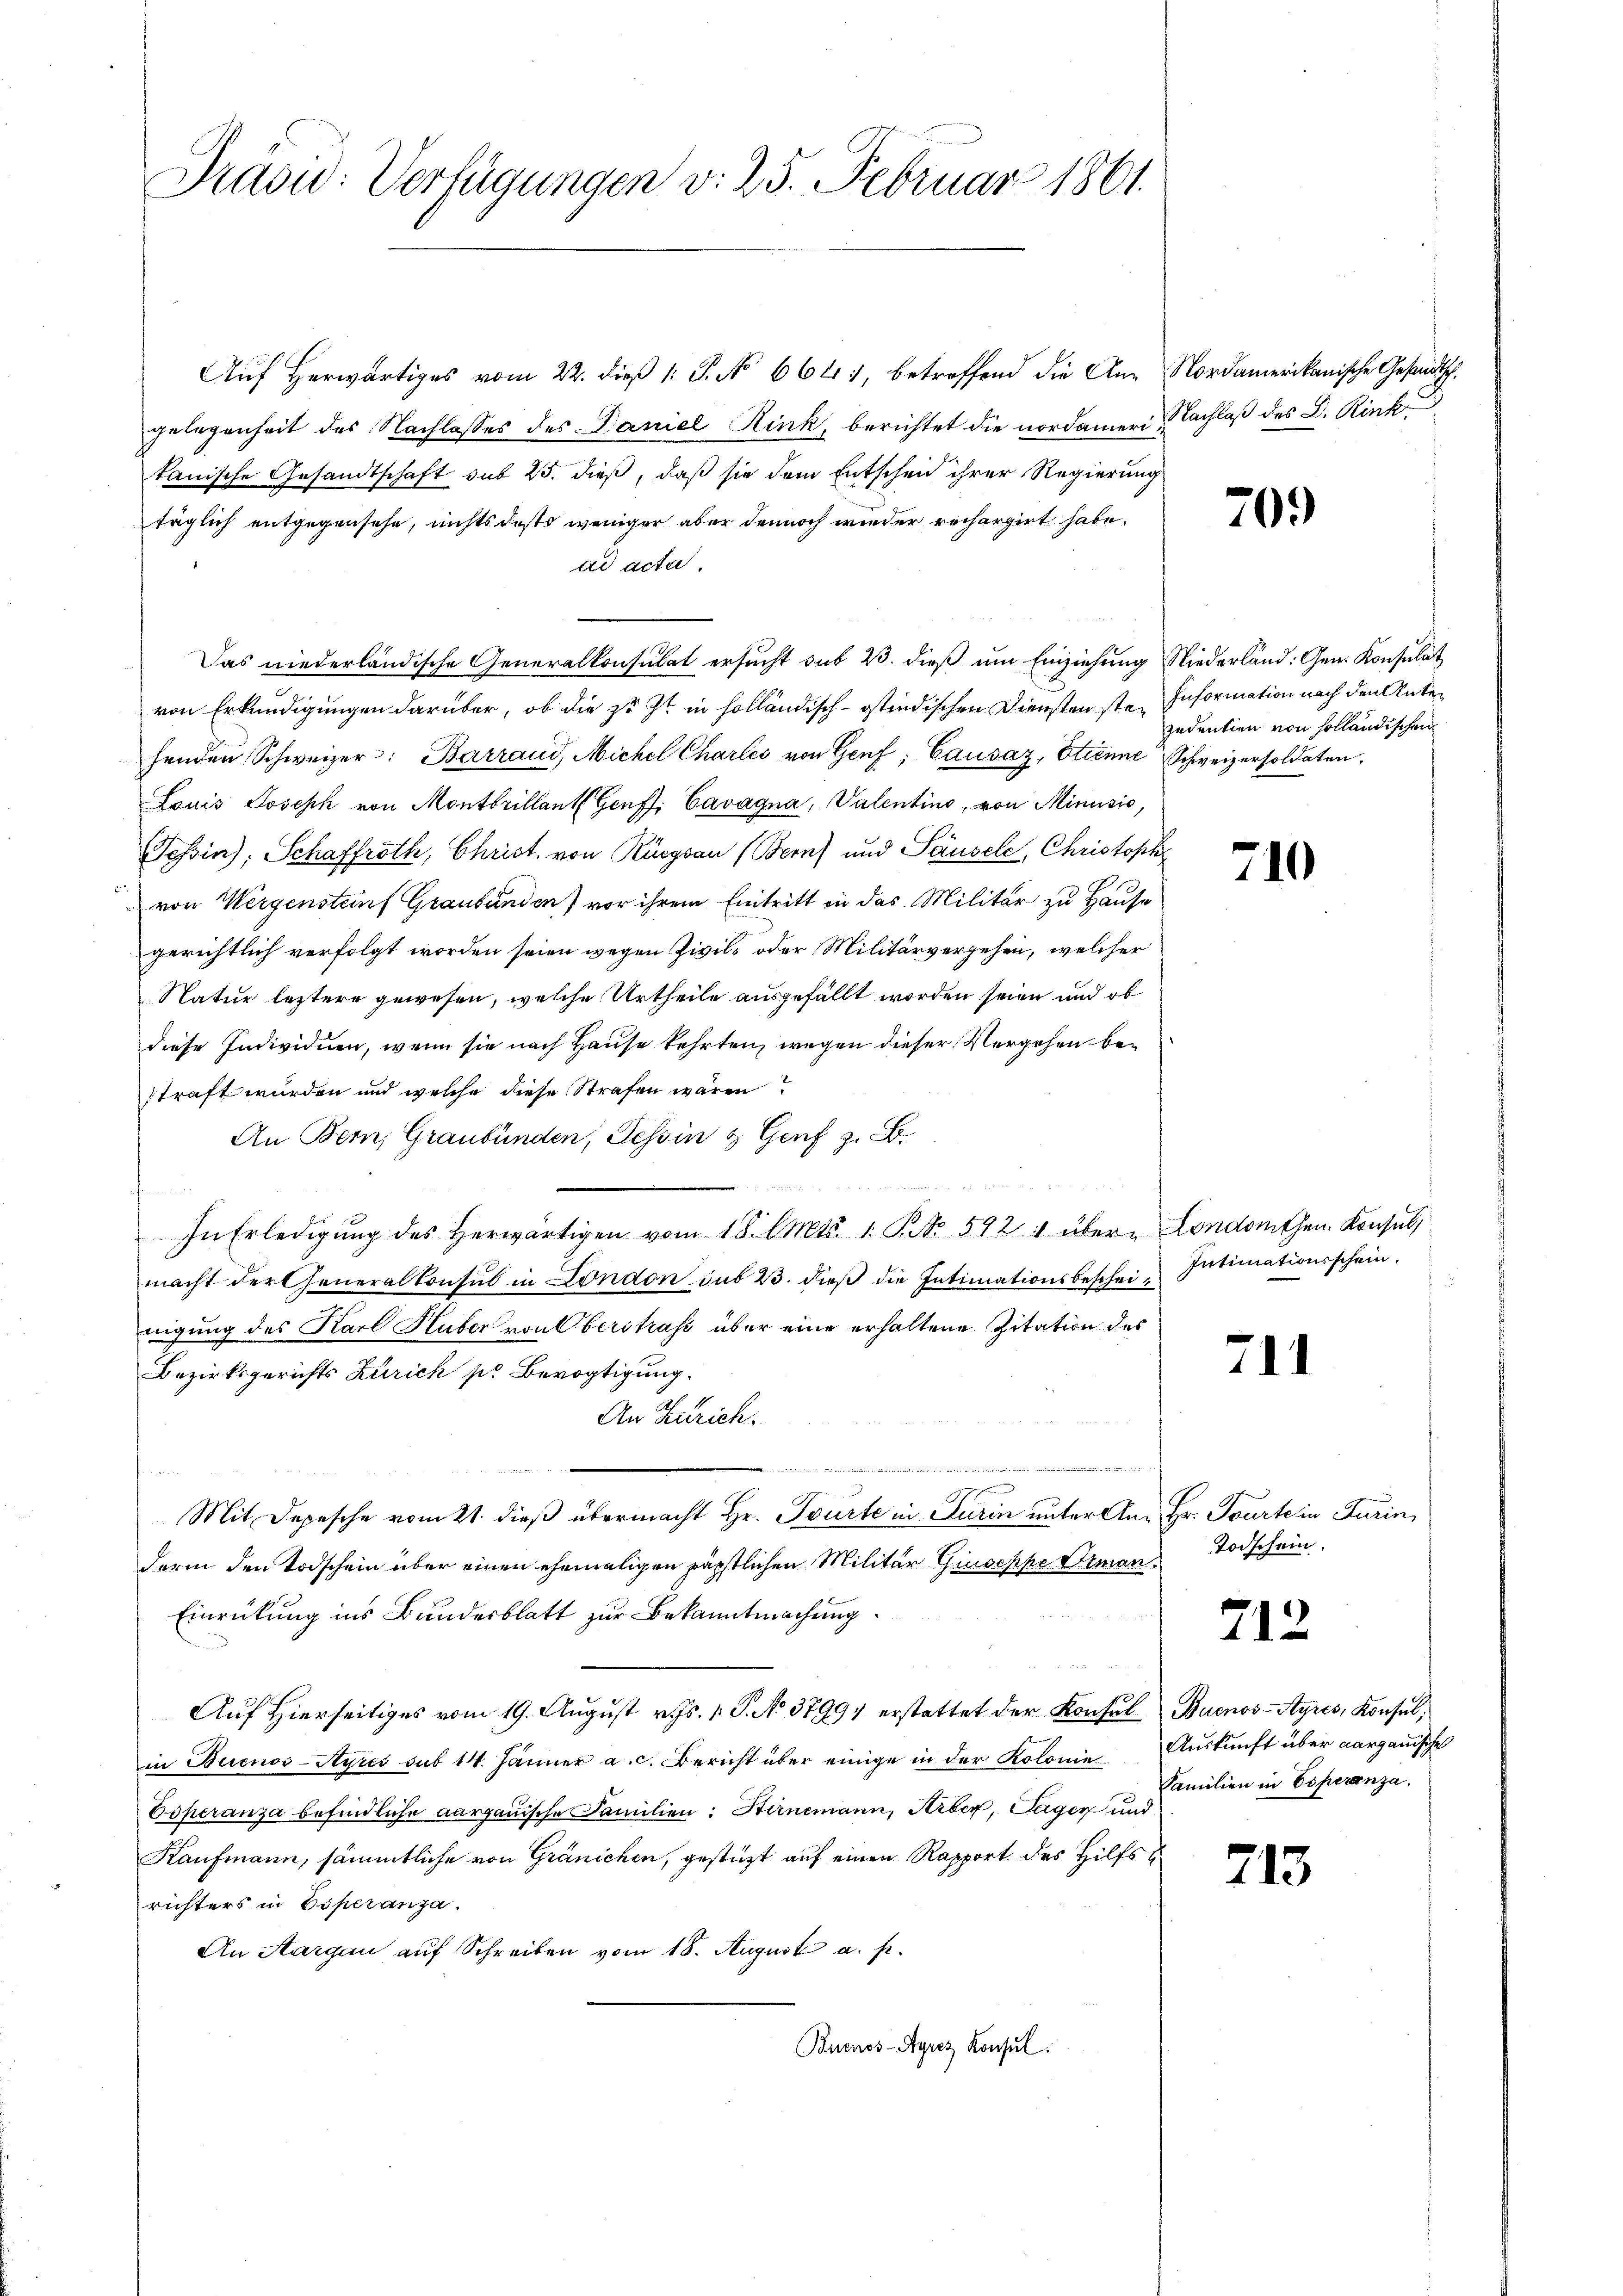
Präsu: Verfügungen v. 25. Februar 1861.

Aŭf herwärtiges vom 22. dieβ 1: P. No 664, betreffend die An- Nordamerikanische Gesandtschgelegenheit des Nachlasses des Daniel Kink, berichtet die nordameri, Nachlaß des D. Rinkkanische Gesandtschaft sub 25. dieß, daß sie dem Entscheid ihrer Regierung
täglich entgegensehe, nichts desto weniger aber dennoch wieder rechargirt habe.
ad acta.
Das niederländische Generalkonsulat ersucht sub 23. dieß um Einziehung Niederland: Gen. Konsulat
von Erkundigungen darüber, ob die zu Zt in holländisch-ostindischen Dienstenste Information nach den Antehenden Schweizer: Barrand, Michel Chartes von Genf, Causaz, Etienne Schweizersoldaten,
Louis Joseph von Montbrillant Genf, Cavagna, Valentino, von Minusić,
Tessin); Schaffröth, Christ, von Rüegsaun (Bern) und Sausele, Christoph
von Wergensteinf Graubünden) vor ihrem Eintritt in das Militär zu Hause
gerichtlich verfolgt worden seien wegen Zivil- oder Militärvergehen, welcher
Natur leztere gewesen, welche Urtheile ausgefällt worden seien und ob
diese Individuen, wenn sie nach Hause kehrten, wegen dieser Vergehen bestraft wurden und welche diese Strafen wären
An Bern, Graubünden, Tessin & Genf z. B.
e
In Erledigŭng des herwärtigen vom 18. Art. 1 S. 592 übern Londorthen Konsul,
macht der Generalkonsul in London sub 23. dieß die Intimationsbescheinigung des Karl Huber von Oberstrafe über eine erhaltene Zitation des
Bezirksgerichts Zürich pr Bevogtigung.
An Zürich.
ommen von der Schaden weiter
e
Mit Depesche vom 21. dieß übermacht Hr. Tourte in Turin unter An- Hr. Tourte in Turin
derin den Todschein über einen ehemaligen räpstlichen Militär Giuseppe Arman¬
Einrückung ins Bundesblatt zur Bekanntmachung
Auf Hierseitiges vom 19. August v. Js. 1. J. No 3799 erstattet der Konsul Buenos-Ayres, Konsulin Buenos-Ayres sub 14. Jänner a. c. Bericht über einige in der Kolonie Auskunft über aargauische
Eoperanza befindliche aargauische Familien: Hirnemann, Arber, Tagen und
Kaufmann, sämmtliche von Gränichen, gestützt auf einen Rapport des Hilfsrichters in Esperanza.
An Aargau auf Schreiben vom 18. August a. p.
Buenos-Ayrez Konsul

70.

zudentien von solländischen

710

Intimationsschein.

711

Todschein.

713.

713

Familien in Esperanza.